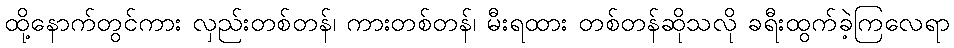
ထို့နောက်တွင်ကား လှည်းတစ်တန်၊ ကားတစ်တန်၊ မီးရထား တစ်တန်ဆိုသလို ခရီးထွက်ခဲ့ကြလေရာ